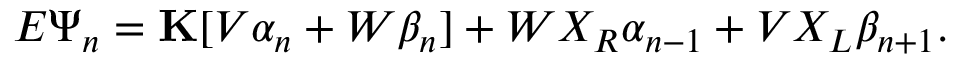
E \Psi _ { n } = \mathbf { K } [ V \alpha _ { n } + W \beta _ { n } ] + W X _ { R } \alpha _ { n - 1 } + V X _ { L } \beta _ { n + 1 } .